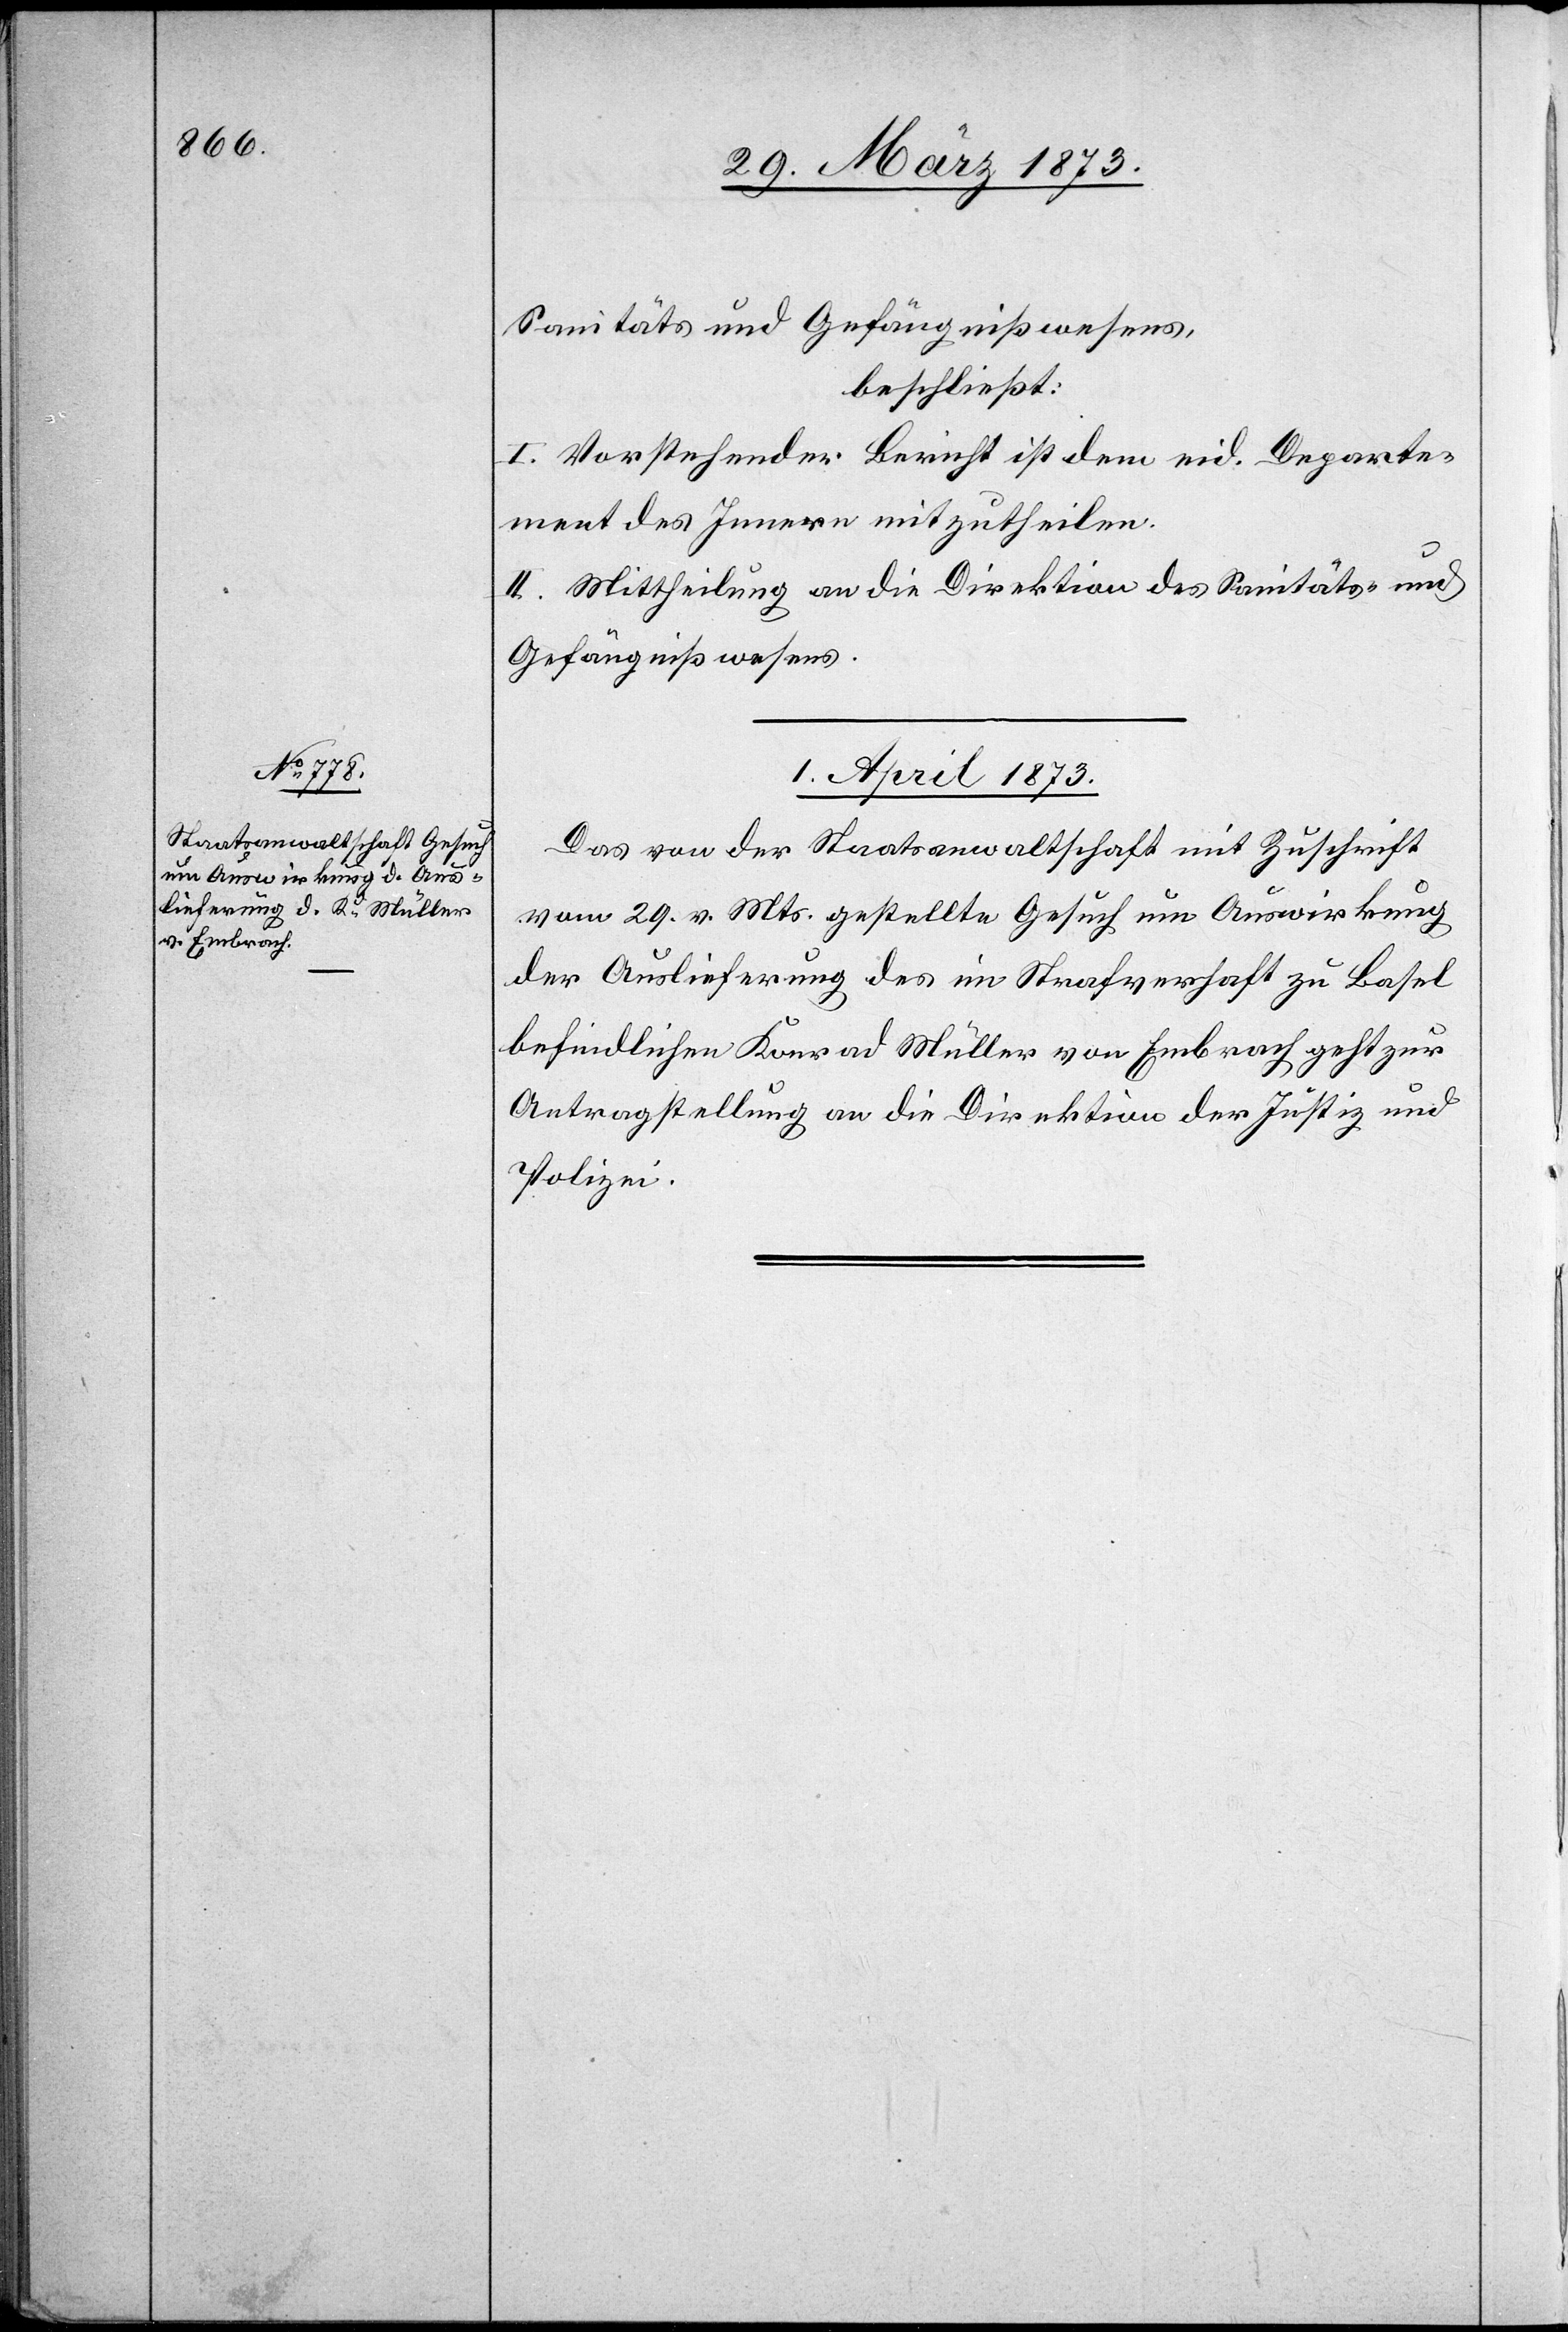
Sanitäts[-] und Gefängnißwesens,
beschließt:
I. Vorstehender Bericht ist dem eid. Departe¬
ment des Innern mitzutheilen.
II. Mittheilung an die Direktion des Sanitäts- und
Gefängnißwesens.
1. April 1873.
Das von der Staatsanwaltschaft mit Zuschrift
vom 29. v. Mts. gestellte Gesuch um Auswirkung
der Auslieferung des im Strafverhaft zu Basel
befindlichen Konrad Müller von Embrach geht zur
Antragstellung an die Direktion der Justiz und
Polizei.